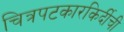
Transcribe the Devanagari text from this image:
चित्रपटकारकिर्दीची